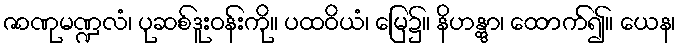
ဇာဏုမဏ္ဍလံ၊ ပုဆစ်ဒူးဝန်းကို။ ပထဝိယံ၊ မြေ၌။ နိဟန္တွာ၊ ထောက်၍။ ယေန၊